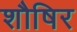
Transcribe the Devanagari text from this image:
शौषिर